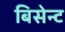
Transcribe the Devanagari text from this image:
बिसेन्ट